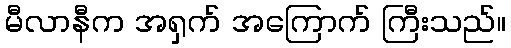
မီလာနီက အရှက် အကြောက် ကြီးသည်။